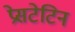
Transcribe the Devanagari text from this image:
प्रेसटेटिन